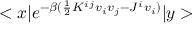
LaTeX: < x | e ^ { - \beta ( \frac { 1 } { 2 } K ^ { i j } v _ { i } v _ { j } - J ^ { i } v _ { i } ) } | y >